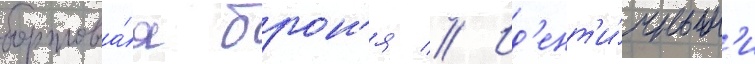
бортова́я брон'я // Ид'ент'и́чным'и